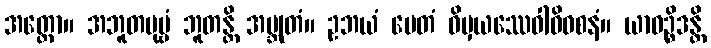
အတ္ထော။ အဘူတပုဗ္ဗံ ဘူတန္တိ အဗ္ဘုတံ။ ဥဘယံ ပေတံ ဝိမှယဿေဝါဓိဝစနံ။ ယာဝဉ္စိဒန္တိ